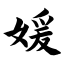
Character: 媛